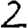
Digit: 2